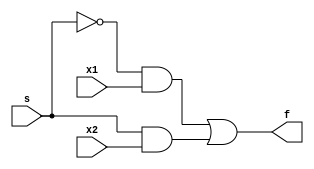
`timescale 1ns / 1ps
//////////////////////////////////////////////////////////////////////////////////

// ID     : N180116
//Branch  : ECE
//Project : RTL design using Verilog
//Design  : Gate Level Modeling style
//Module  : Gate_Level_Modeling_mux2x1
//RGUKT NUZVID 
//////////////////////////////////////////////////////////////////////////////////


module Gate_Level_Modeling_mux2x1(x1,x2,s,f);
input x1,x2,s;
output f;

wire s0,w0,w1;
not n1(s0,s);
and a0(w0,s0,x1);
and a1(w1,s,x2);
or o1(f,w0,w1);
endmodule